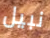
نبيل